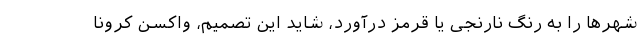
شهرها را به رنگ نارنجی یا قرمز درآورد، شاید این تصمیم، واکسن کرونا